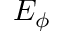
E _ { \phi }